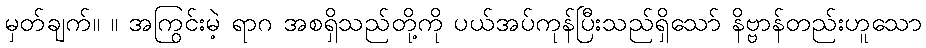
မှတ်ချက်။ ။ အကြွင်းမဲ့ ရာဂ အစရှိသည်တို့ကို ပယ်အပ်ကုန်ပြီးသည်ရှိသော် နိဗ္ဗာန်တည်းဟူသော